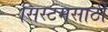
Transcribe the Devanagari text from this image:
सिस्टमसाठी